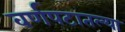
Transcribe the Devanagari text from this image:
वर्णपटातल्या